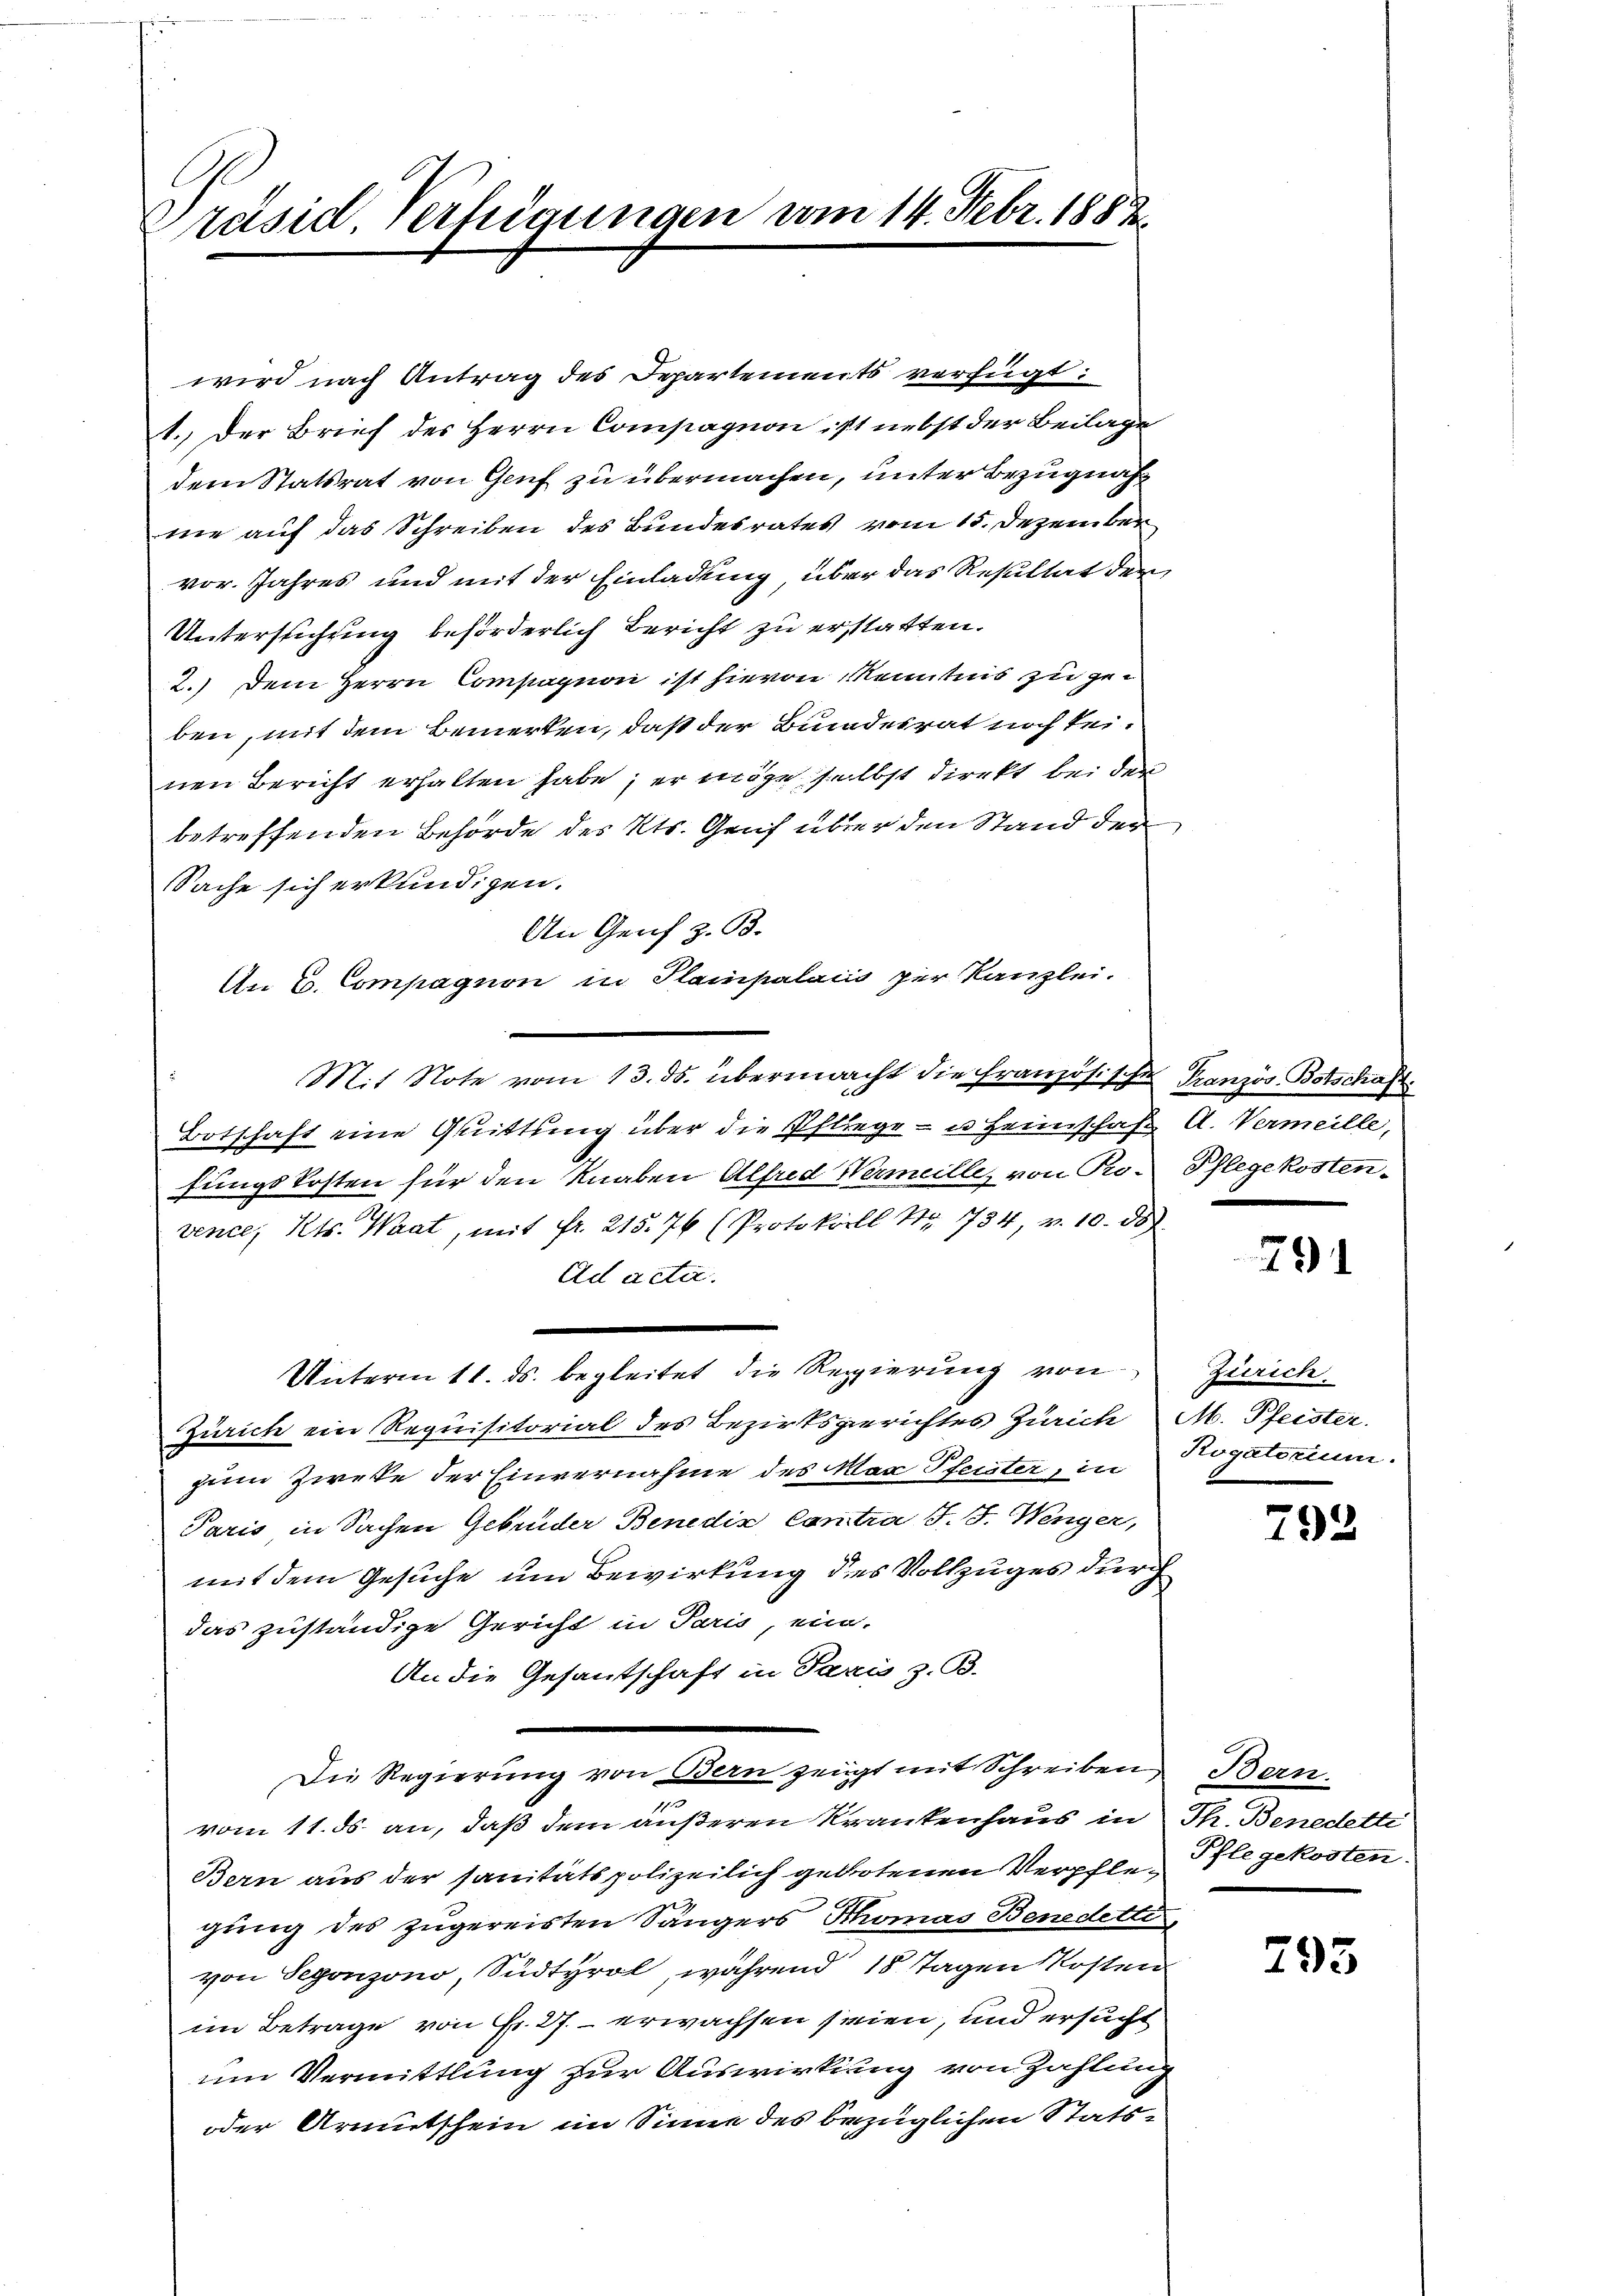
Präsid. Verfügungen vom 14. Febr. 1888

wird nach Antrag des Departements verfügt:
1. Der Brief des Herrn Compagnon ist nebst der Beilage
dem Statsrat von Genf zu übermachen, unter Bezugnahne auf das Schreiben des Bundesrates vom 15. Dezember
vor. Jahres und mit der Einladung über das Resultat der
Untersuchung beförderlich Bericht zu erstatten.
2.) Dem Herrn Compagnori ist hievon Kenntnis zu zei
ben, mit dem Bemerken, daß der Bundesrat noch keinen Bericht erhalten habe; er möge selbst direkt bei der
betreffenden Behörde des Kts. Gruf über den Stand der
Sache sich erkundigen.
An Genf z. B.
An B. Compagnon in Plainpalaii zur Kanzlei.
Mit Note vom 13. ds. übermacht die Französische Französ. Botschaft
Botschaft eine Quittung über die Pfliege - u. Heimschaft A. Vermeille,
fungskosten für den Knaben Alfred Vermeille, von Ro-Pflegekosten-
vence, Kts. Waat, mit Fr. 215. 76 (Protokoll No 734, v. 10. d.
Ad acta.
Unterm 11. ds. begleitet die Regierung von
Zürich ein Requisitorial des Bezirksgerichtes Zürich M. Pfeister.
zum Zwecke der Einvernahme des Max Pfeister, in Rogatorium.
Paris in Sachen Gebrüder Benedia Contra J. J. Wenger,
mit dem Gesuche um Bewirkung des Vollzuges durch
das zuständige Gericht in Paris, ein-
An die Gesantschaft in Paris z. B.
Die Regierŭng von Bern zeigt mit Schreiben Bern
vom 11. ds. an, daß dem äußeren Krankenhaus in Th. Benedette
Bern aus der sanitätspolizeilich gebotenen Verpflegung des zugereisten Sängers Thomas Benedetti,
von Segonzono, Südtyrol, während 18 Tagen Kosten
im Betrage von Fr. 27. erwachsen seien, und ersucht
um Vermittlung zur Auswirkung von Zahlung
oder Armutschein im Sinne des bezüglichen Stats¬

791

Zürich.

792

Pflegekosten.

793